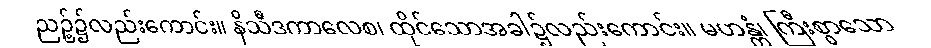
ညဉ့်၌လည်းကောင်း။ နိသီဒကာလေစ၊ ထိုင်သောအခါ၌လည်းကောင်း။ မဟန္တံ၊ ကြီးစွာသော